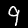
Label: 9